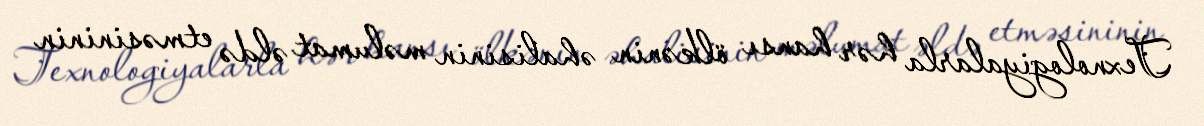
Texnologiyalarla hər hansı ölkənin əhalisinin məlumat əldə etməsininin